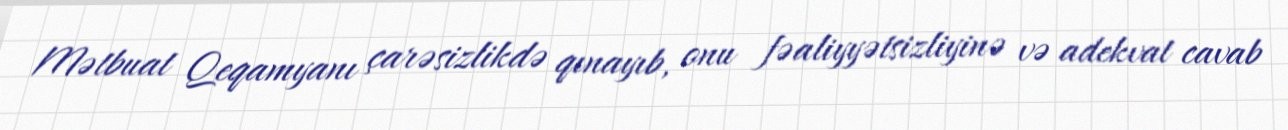
Mətbuat Qeqamyanı çarəsizlikdə qınayıb, onu fəaliyyətsizliyinə və adekvat cavab